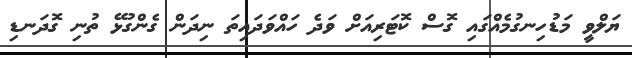
ޔަލްވީ މަޑުހިނގުމެއްގައި ގޮސް ކޮޓަރިއަށް ވަދެ ހައްވަދައިތަ ނިދަން ގެންގުޅޭ ތުނި ގޮދަނޑި